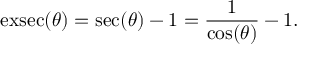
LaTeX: \operatorname { e x s e c } ( \theta ) = \sec ( \theta ) - 1 = { \frac { 1 } { \cos ( \theta ) } } - 1 .